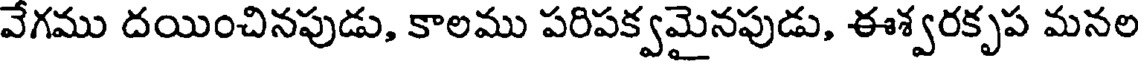
వేగము దయించినపుడు, కాలము పరిపక్వమైనపుడు, ఈశ్వరకృప మనల